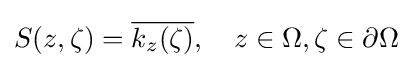
S(z,\zeta )={\overline {k_{z}(\zeta )}},\quad z\in \Omega ,\zeta \in \partial \Omega